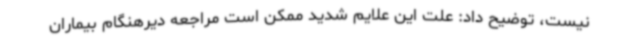
نیست، توضیح داد: علت این علایم شدید ممکن است مراجعه دیرهنگام بیماران